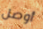
أوصل